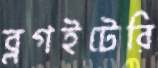
ব্লগইটেরি